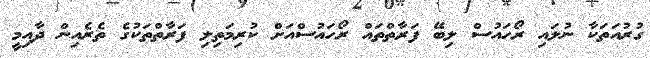
ގުރުއަތަކާ ނުލައި ރޯހައުސް ލިބޭ ފަރާތްތައް ރޯހައުސްއަށް ކުރިމަތިލި ފަރާތްތަކުގެ ތެރެއިން ދާއިމީ